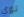
توي